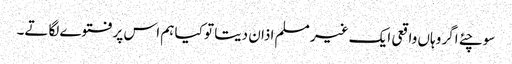
سوچئے اگر وہاں واقعی ایک غیر مسلم اذان دیتا تو کیا ہم اس پرفتوے لگاتے۔